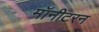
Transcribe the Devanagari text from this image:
मॉनीटरन